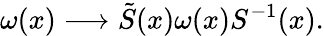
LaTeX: \omega(x)\longrightarrow\tilde{S}(x)\omega(x)S^{-1}(x).